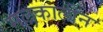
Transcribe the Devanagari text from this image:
मल्लकालीन